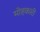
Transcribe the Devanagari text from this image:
मोहकारी